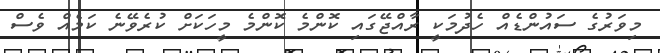
މިވަރުގެ ސައުންޑެއް ހެދުމަކީ ރާއްޖޭގައި ކޮންމެ ކޮންމެ މީހަކަށް ކުރެވޭނެ ކަމެއް ވެސް